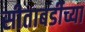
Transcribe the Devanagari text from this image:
सीताबर्डीच्या